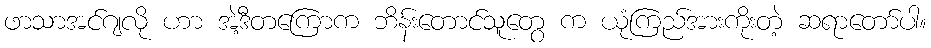
ဖာသာအင်ဂျလို ဟာ အဲ့ဒီတကြောက ဘိန်းတောင်သူတွေ က ယုံကြည်အားကိုးတဲ့ ဆရာတော်ပါ။